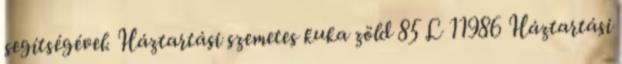
segítségével. Háztartási szemetes kuka zöld 85 L 11986 Háztartási